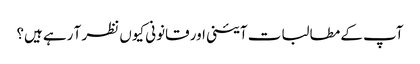
آپ کے مطالبات آئینی اور قانونی کیوں نظر آ رہے ہیں؟